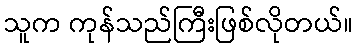
သူက ကုန်သည်ကြီးဖြစ်လိုတယ်။